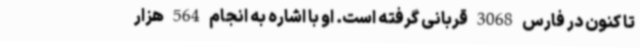
تا کنون در فارس 3068 قربانی گرفته است. او با اشاره به انجام 564 هزار